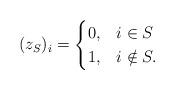
LaTeX: \begin{align*}(z_S)_i = \begin{cases}0, & i \in S \\1, & i \notin S.\end{cases}\end{align*}